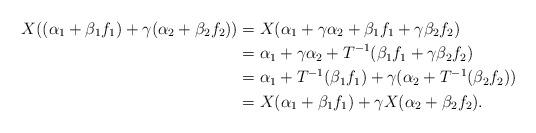
LaTeX: \begin{align*}X((\alpha_1 + \beta_1f_1) + \gamma(\alpha_2 + \beta_2f_2)) & = X(\alpha_1 + \gamma \alpha_2 + \beta_1f_1 + \gamma \beta_2f_2)\\& = \alpha_1 + \gamma \alpha_2 + T^{-1}(\beta_1f_1 + \gamma \beta_2f_2)\\& = \alpha_1 + T^{-1}(\beta_1f_1)+ \gamma (\alpha_2 + T^{-1}(\beta_2f_2))\\&=X(\alpha_1 + \beta_1f_1) + \gamma X(\alpha_2 + \beta_2f_2).\end{align*}